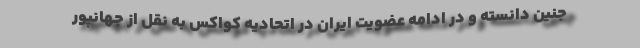
جنین دانسته و در ادامه عضویت ایران در اتحادیه کواکس به نقل از جهانپور